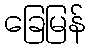
ခြေမြန်